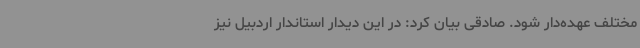
مختلف عهده‌دار شود. صادقی بیان کرد: در این دیدار استاندار اردبیل نیز